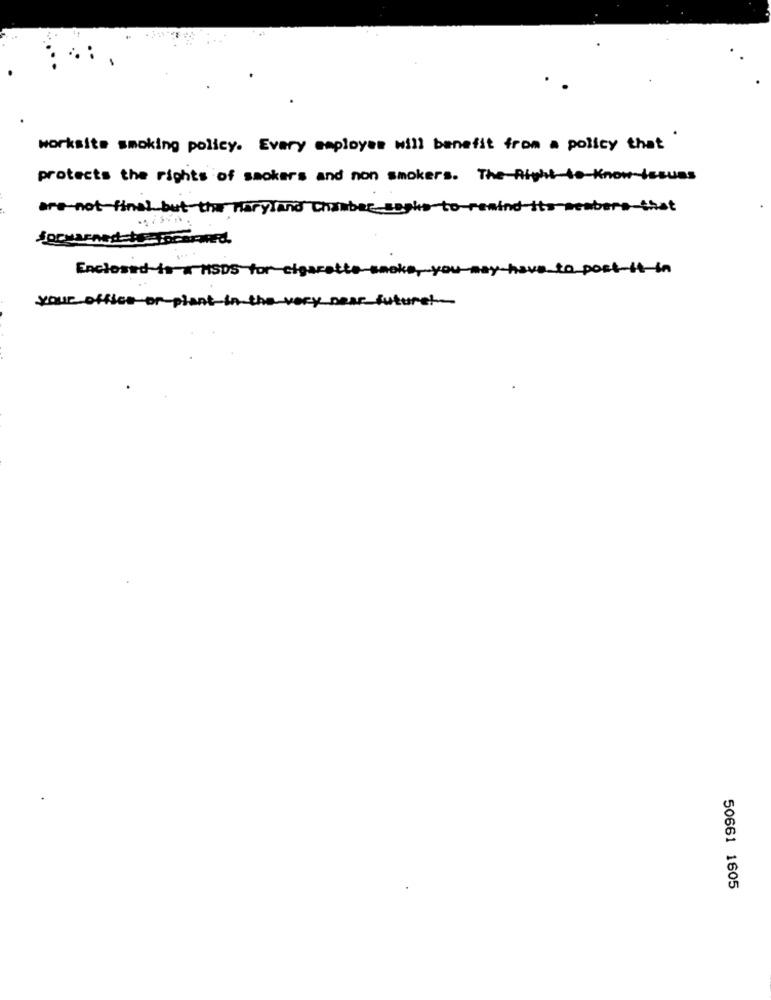
worksite smoking policy. Every employes will benefit from a policy that
protects the rights of smokers and non smokers. The Right-to-Know-issues
are not-final but the Maryland Chamber seple-to-remind-it's members-that
Enclosed in a HSDS for cigarette
sva_to_post-it-in
Suturel-
your office or plant-
very_DRA
50661 1605